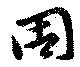
周